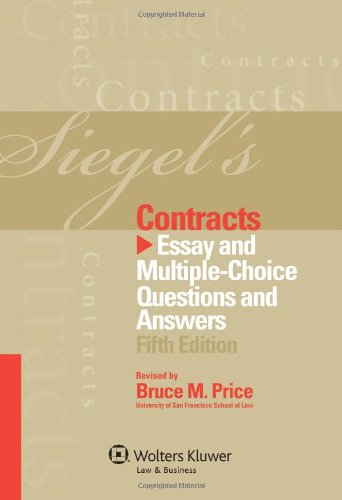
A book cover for Siegel's Contracts: Essay and Multiple-Choice Questions & Answers, 5th Edition; Brian N. Seigal; Law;